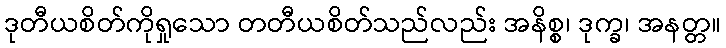
ဒုတီယစိတ်ကိုရှုသော တတီယစိတ်သည်လည်း အနိစ္စ၊ ဒုက္ခ၊ အနတ္တ။